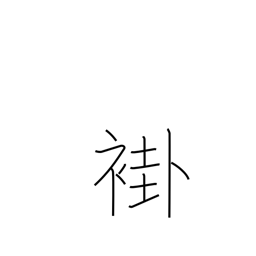
Meaning: ancient ordinary kimono